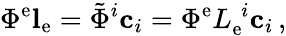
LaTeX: \Phi^{\mathrm{e}}\mathbf{{l}}_{\mathrm{e}}=\tilde{{\Phi}}^{i}\mathbf{{c}}_{i}=\Phi^{\mathrm{e}}L_{\mathrm{e}}^{\phantom{\mathrm{e}}i}\mathbf{{c}}_{i}\, ,